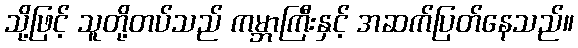
သို့ဖြင့် သူတို့တပ်သည် ကမ္ဘာကြီးနှင့် အဆက်ပြတ်နေသည်။